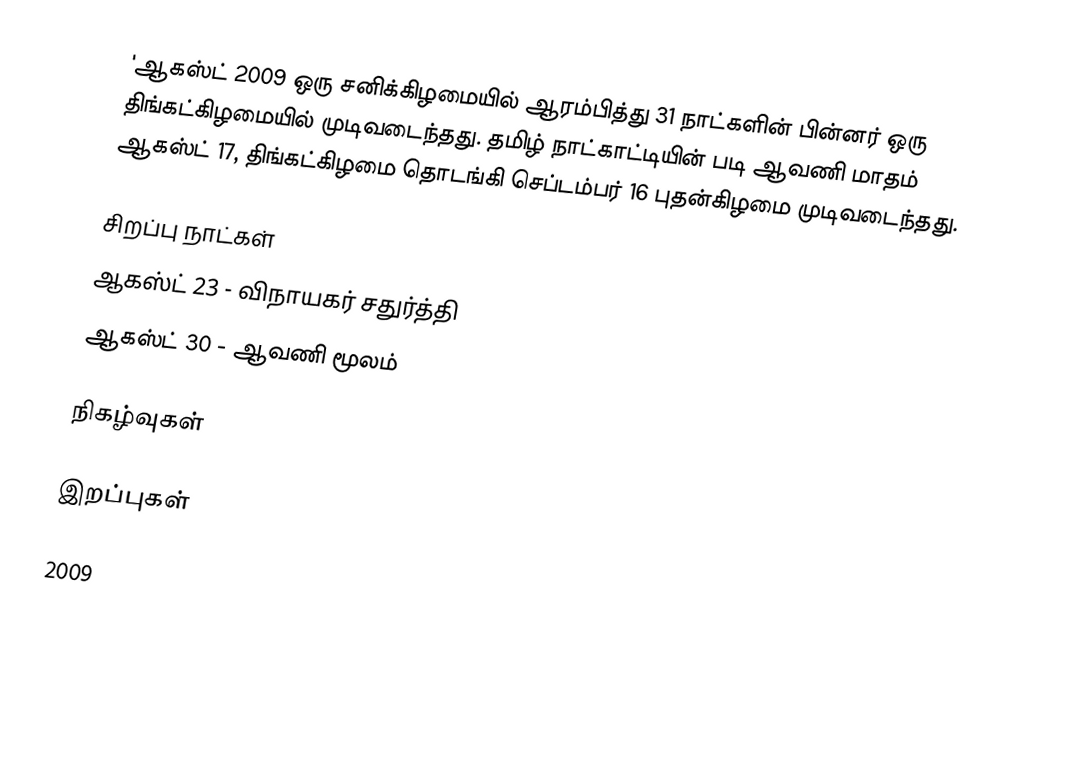
'ஆகஸ்ட் 2009 ஒரு சனிக்கிழமையில் ஆரம்பித்து 31 நாட்களின் பின்னர் ஒரு திங்கட்கிழமையில் முடிவடைந்தது. தமிழ் நாட்காட்டியின் படி ஆவணி மாதம் ஆகஸ்ட் 17, திங்கட்கிழமை தொடங்கி செப்டம்பர் 16 புதன்கிழமை முடிவடைந்தது.

சிறப்பு நாட்கள்
 ஆகஸ்ட் 23 - விநாயகர் சதுர்த்தி
 ஆகஸ்ட் 30 - ஆவணி மூலம்

நிகழ்வுகள்

இறப்புகள்

2009